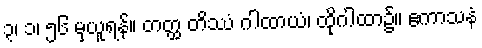
၃၊ ၁၊ ၅၆ မှယူရန်။ တတ္ထ တိဿံ ဂါထာယံ၊ ထိုဂါထာ၌။ ဧကာသနံ